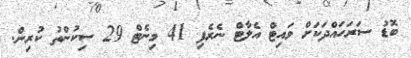
ބޮޑު ސަރަހައްދަކަށް ވައިޓް އެލާޓް ނެރެފި 41 މިނެޓް 29 ސިކުންތު ކުރިން.